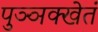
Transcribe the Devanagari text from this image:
पुञ्ञक्खेतं